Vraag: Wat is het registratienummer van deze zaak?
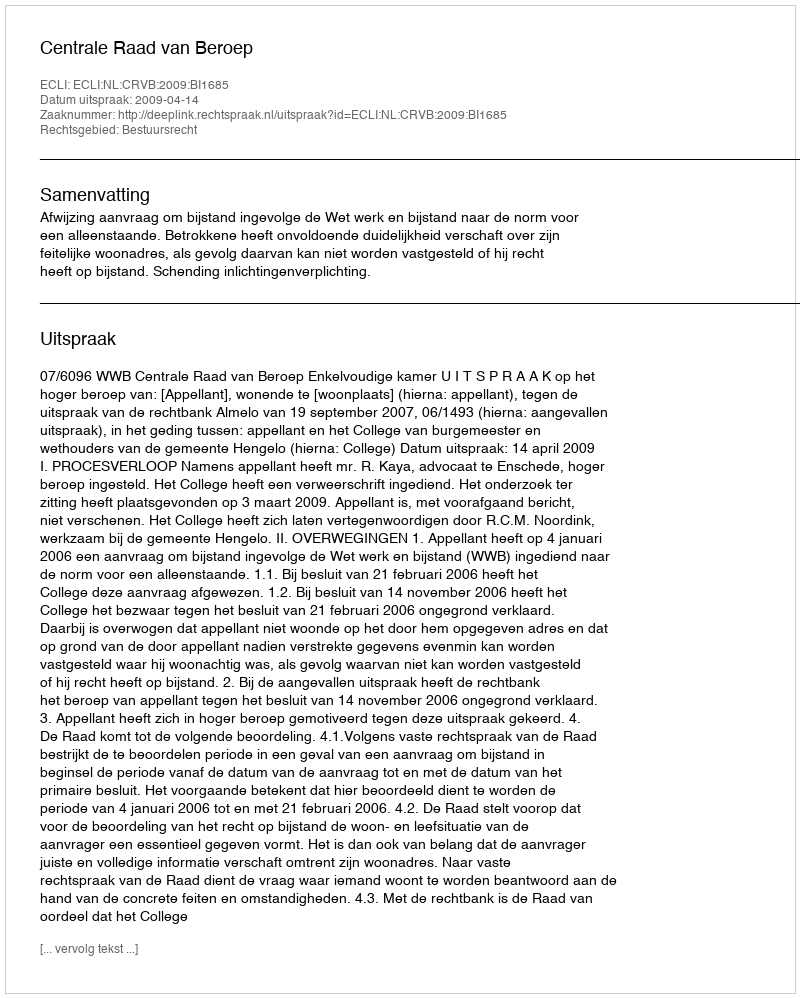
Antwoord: http://deeplink.rechtspraak.nl/uitspraak?id=ECLI:NL:CRVB:2009:BI1685